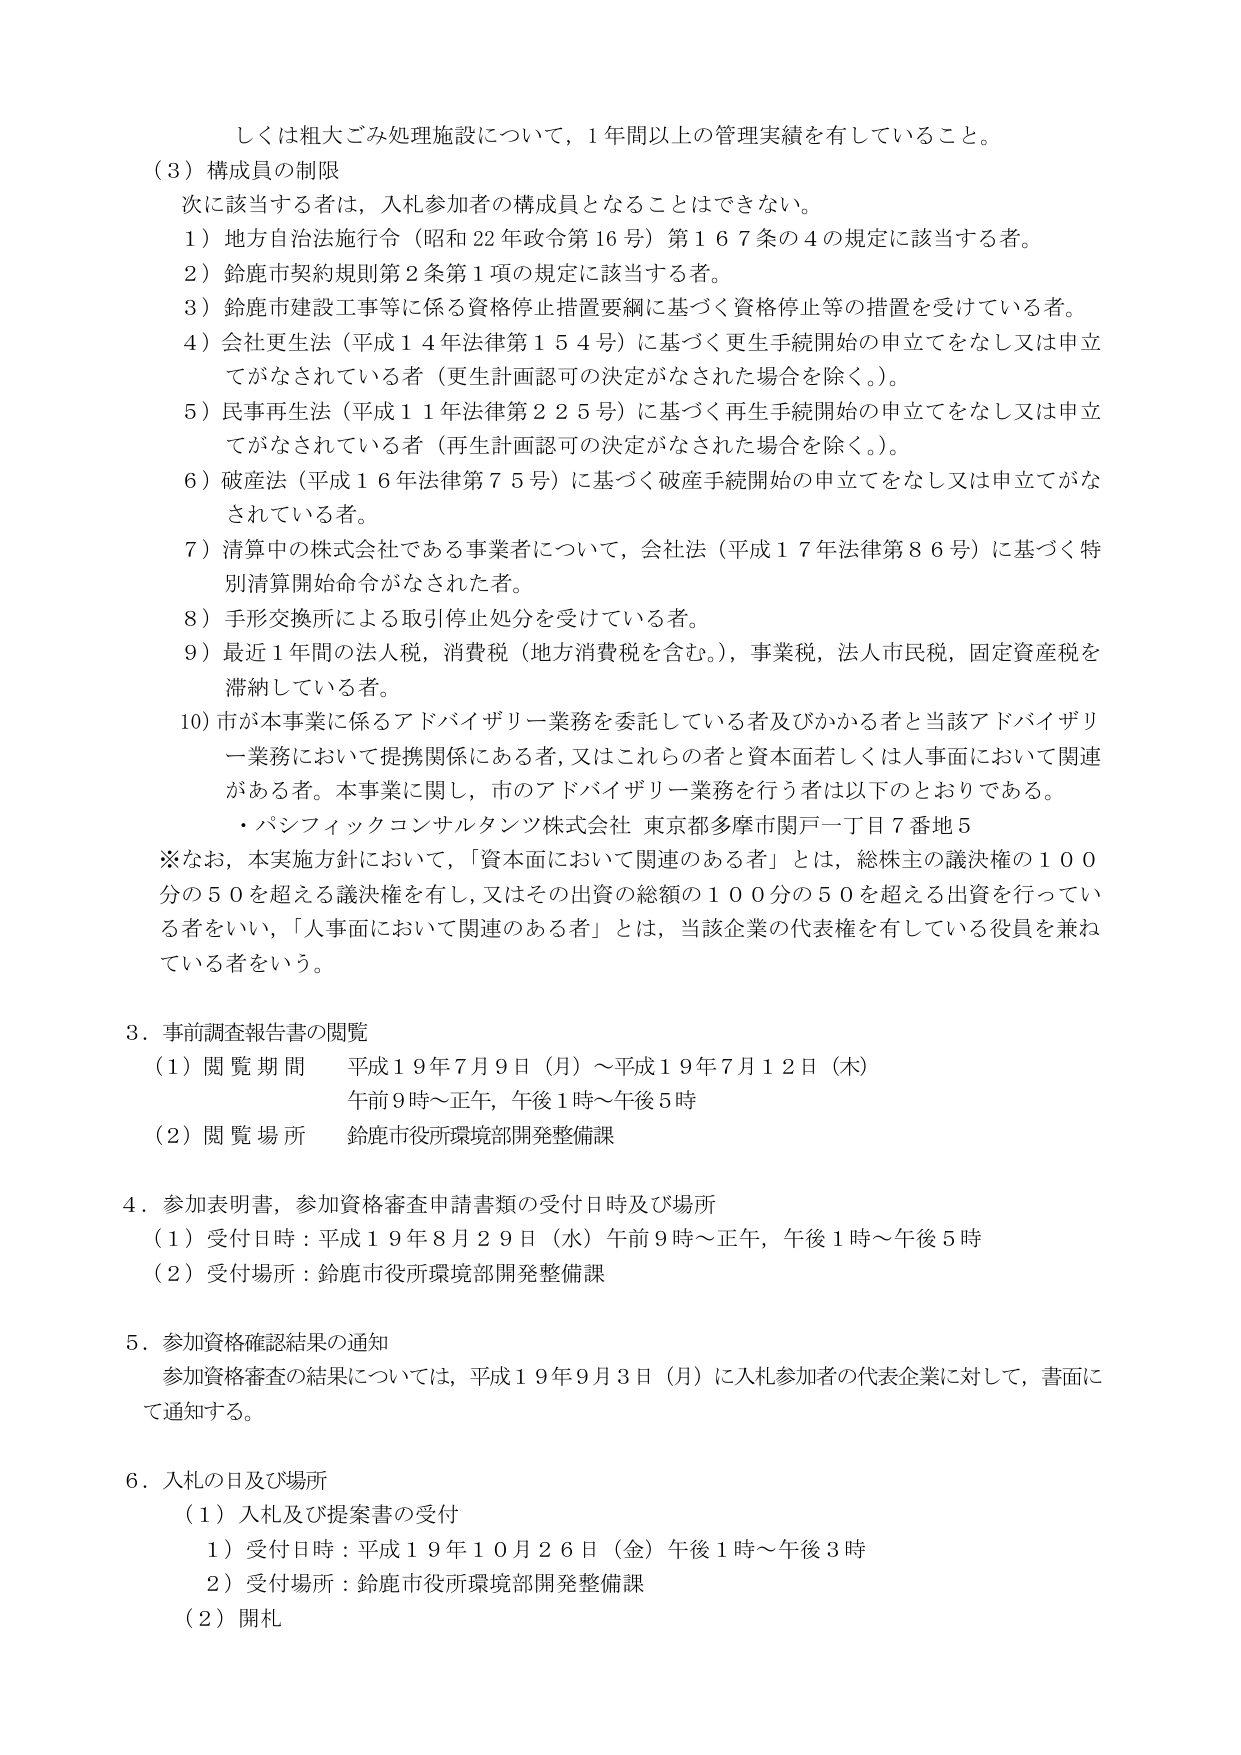
しくは粗大ごみ処理施設について，1年間以上の管理実績を有していること。

（3）構成員の制限
次に該当する者は，入札参加者の構成員となることはできない。
1）地方自治法施行令（昭和22年政令第16号）第167条の4の規定に該当する者。
2）鈴鹿市契約規則第2条第1項の規定に該当する者。
3）鈴鹿市建設工事等に係る資格停止措置要綱に基づく資格停止等の措置を受けている者。
4）会社更生法（平成14年法律第154号）に基づく更生手続開始の申立てをなし又は申立てがなされている者（更生計画認可の決定がなされた場合を除く。）。
5）民事再生法（平成11年法律第225号）に基づく再生手続開始の申立てをなし又は申立てがなされている者（再生計画認可の決定がなされた場合を除く。）。
6）破産法（平成16年法律第75号）に基づく破産手続開始の申立てをなし又は申立てがなされている者。
7）清算中の株式会社である事業者について，会社法（平成17年法律第86号）に基づく特別清算開始命令がなされた者。
8）手形交換所による取引停止処分を受けている者。
9）最近1年間の法人税，消費税（地方消費税を含む。），事業税，法人市民税，固定資産税を滞納している者。
10）市が本事業に係るアドバイザリー業務を委託している者及びかかる者と当該アドバイザリー業務において提携関係にある者，又はこれらの者と資本面若しくは人事面において関連がある者。本事業に関し，市のアドバイザリー業務を行う者は以下のとおりである。
・パンフィックコンサルタンツ株式会社 東京都多摩市関戸一丁目7番地5
※なお，本実施方針において，「資本面において関連のある者」とは，総株主の議決権の100分の50を超える議決権を有し，又はその出資の総額の100分の50を超える出資を行っている者をいい，「人事面において関連のある者」とは，当該企業の代表権を有している役員を兼ねている者をいう。

3．事前調査報告書の閲覧
（1）閲覧期間 平成19年7月9日（月）～平成19年7月12日（木）
午前9時～正午，午後1時～午後5時
（2）閲覧場所 鈴鹿市役所環境部開発整備課

4．参加表明書，参加資格審査申請書類の受付日時及び場所
（1）受付日時：平成19年8月29日（水）午前9時～正午，午後1時～午後5時
（2）受付場所：鈴鹿市役所環境部開発整備課

5．参加資格確認結果の通知
参加資格審査の結果については，平成19年9月3日（月）に入札参加者の代表企業に対して，書面にて通知する。

6．入札の日及び場所
（1）入札及び提案書の受付
1）受付日時：平成19年10月26日（金）午後1時～午後3時
2）受付場所：鈴鹿市役所環境部開発整備課
（2）開札